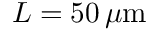
L = 5 0 \, \mu \mathrm { m }